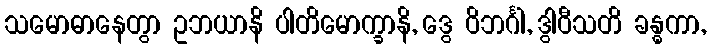
သမောဓာနေတွာ ဥဘယာနိ ပါတိမောက္ခာနိ, ဒွေ ဝိဘင်္ဂါ, ဒွါဝီသတိ ခန္ဓကာ,